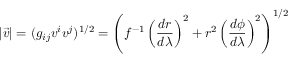
\vert \vec { v } \vert = ( g _ { i j } v ^ { i } v ^ { j } ) ^ { 1 / 2 } = \left( f ^ { - 1 } \left( \frac { d r } { d \lambda } \right) ^ { 2 } + r ^ { 2 } \left( \frac { d \phi } { d \lambda } \right) ^ { 2 } \right) ^ { 1 / 2 }